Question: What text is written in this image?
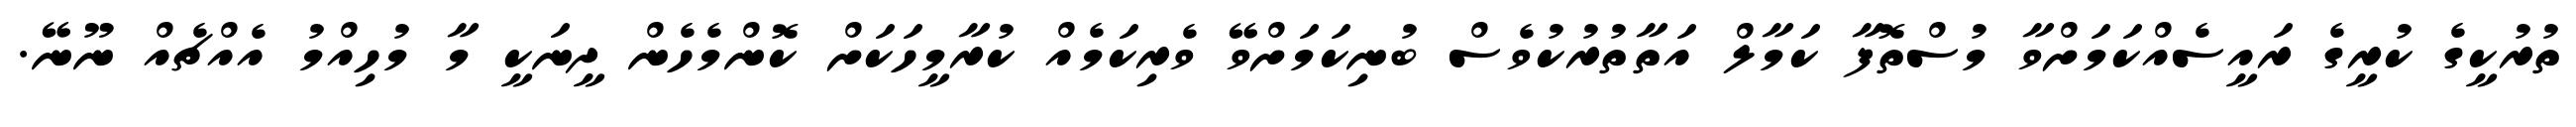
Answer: ތުރުކީގެ ކުރީގެ ރައީސެއްކަމަށްވާ މުސްތޮފާ ކަމާލް އަތާތުރުކުވެސް ބުނިކަމަށްވޭ ވެރިކަމެއް ކުރާމީހަކަށް ކޮންމެހެން ދީނަކީ މާ މުހިއްމު އެއްޗެއް ނޫނޭ.